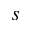
s